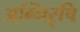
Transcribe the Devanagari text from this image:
अग्निरृषि